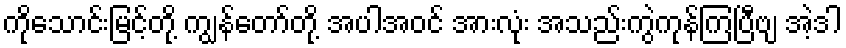
ကိုသောင်းမြင့်တို့ ကျွန်တော်တို့ အပါအဝင် အားလုံး အသည်းကွဲကုန်ကြပြီဗျ အဲ့ဒါ